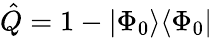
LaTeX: \hat{Q}=1-|\Phi_{0}\rangle\langle\Phi_{0}|